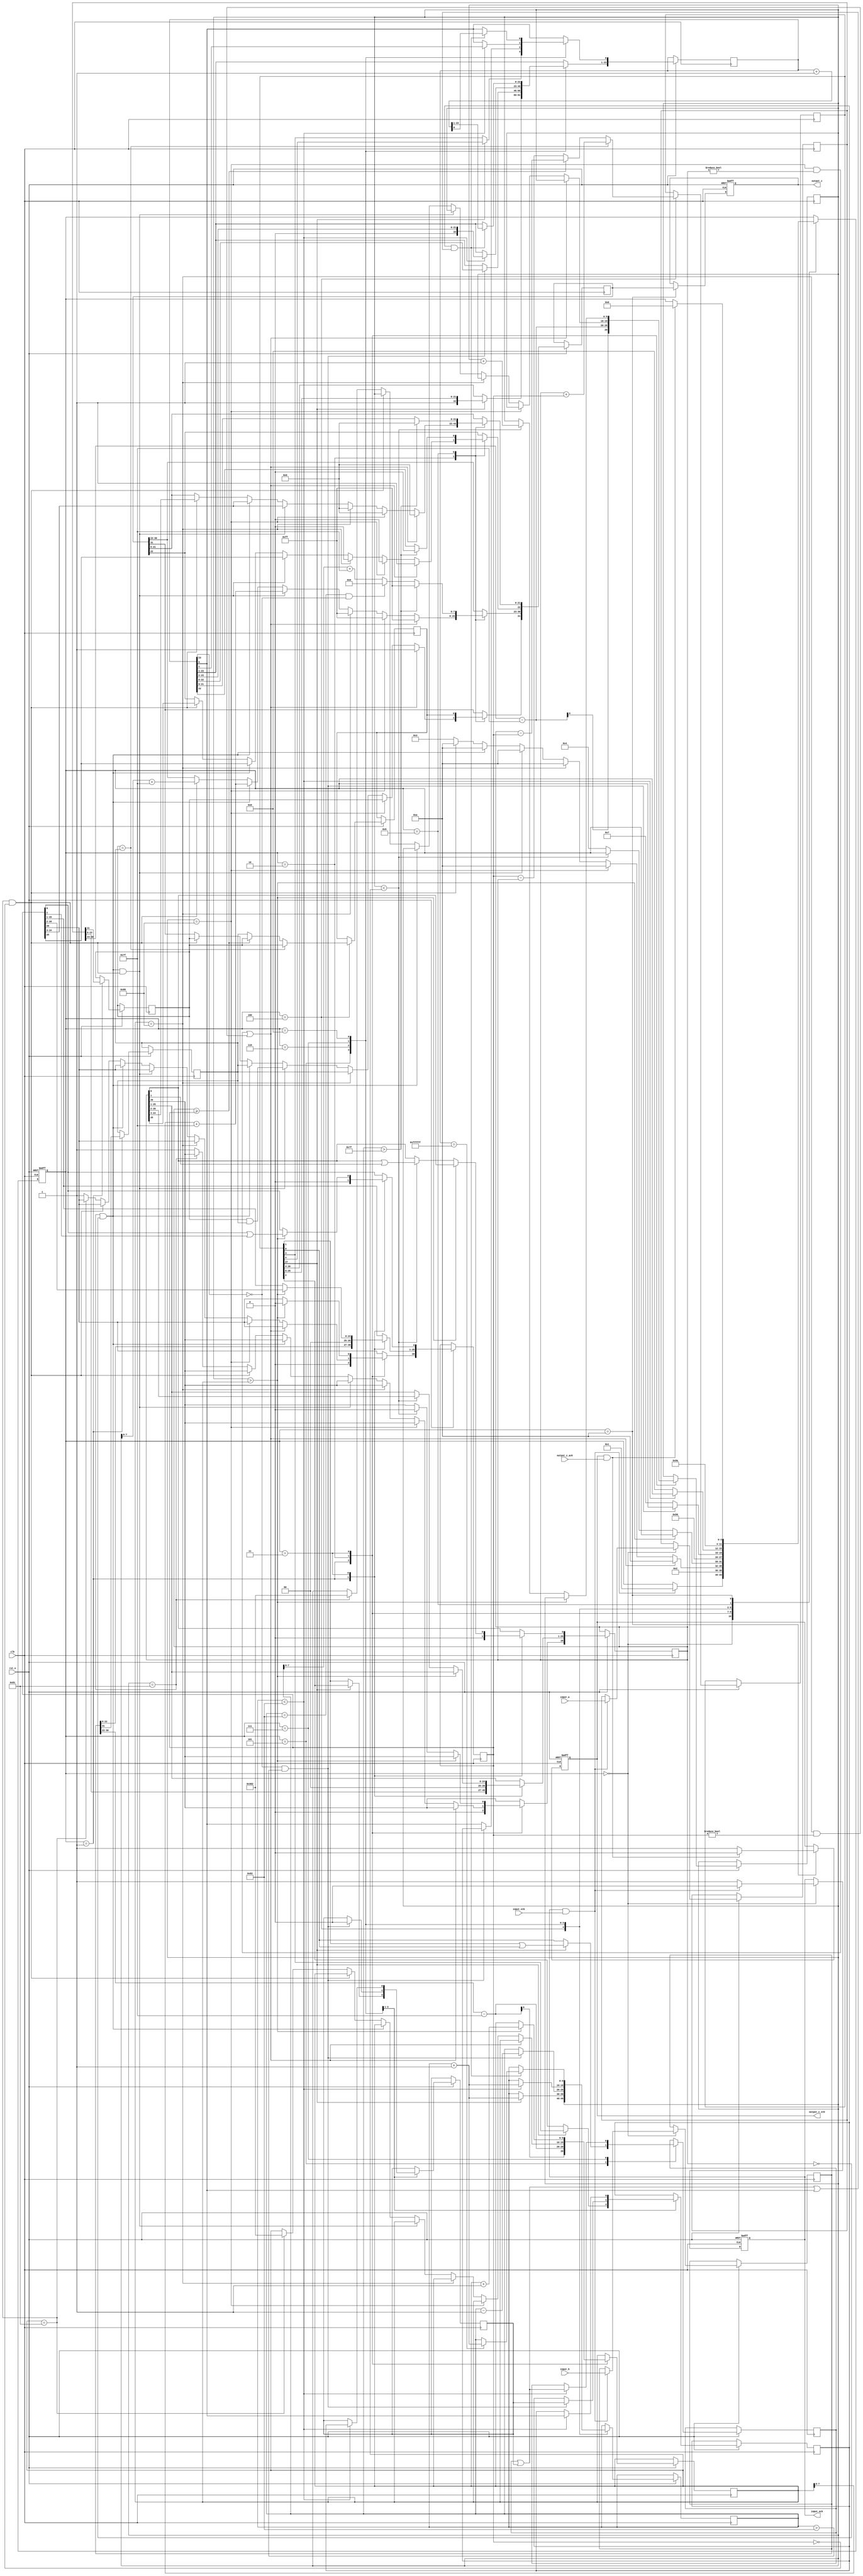
//IEEE Floating Point Adder (Single Precision)
//Copyright (C) Jonathan P Dawson 2013
//2013-12-12

module adder(
        input_a,
        input_b,
        input_stb,
        output_z_ack,
        clk,
        rst_n,
        output_z,
        output_z_stb,
        input_ack);

  input     clk;
  input     rst_n;

  input     [31:0] input_a;
  input     [31:0] input_b;
  input     input_stb;
  output    input_ack;


  output    [31:0] output_z;
  output    output_z_stb;
  input     output_z_ack;

  reg       s_output_z_stb;
  reg       [31:0] s_output_z;
  reg       s_input_ack;

  reg       [3:0] state;
  parameter get_operands  = 4'd0,
            unpack        = 4'd1,
            special_cases = 4'd2,
            align         = 4'd3,
            add_0         = 4'd4,
            add_1         = 4'd5,
            normalise_1   = 4'd6,
            normalise_2   = 4'd7,
            round         = 4'd8,
            pack          = 4'd9,
            put_z         = 4'd10;

  reg       [31:0] a, b, z;
  reg       [26:0] a_m, b_m;
  reg       [23:0] z_m;
  reg       [9:0] a_e, b_e, z_e;
  reg       a_s, b_s, z_s;
  reg       guard, round_bit, sticky;
  reg       [27:0] sum;

  always @(posedge clk, negedge rst_n)
  begin
    if (!rst_n) begin
      state <= get_operands;
      s_input_ack <= 0;
      s_output_z_stb <= 0;
      s_output_z <= 0;
    end else begin

      case(state)

        get_operands:
        begin
          s_input_ack <= 1;
          if (s_input_ack && input_stb) begin
            a <= input_a;
            b <= input_b;
            s_input_ack <= 0;
            state <= unpack;
          end
        end

        unpack:
        begin
          a_m <= {a[22 : 0], 3'd0};
          b_m <= {b[22 : 0], 3'd0};
          a_e <= a[30 : 23] - 127;
          b_e <= b[30 : 23] - 127;
          a_s <= a[31];
          b_s <= b[31];
          state <= special_cases;
        end

        special_cases:
        begin
          //if a is NaN or b is NaN return NaN 
          if ((a_e == 128 && a_m != 0) || (b_e == 128 && b_m != 0)) begin
            z[31] <= 1;
            z[30:23] <= 255;
            z[22] <= 1;
            z[21:0] <= 0;
            state <= put_z;
          //if a is inf return inf
          end else if (a_e == 128) begin
            z[31] <= a_s;
            z[30:23] <= 255;
            z[22:0] <= 0;
            state <= put_z;
          //if b is inf return inf
          end else if (b_e == 128) begin
            z[31] <= b_s;
            z[30:23] <= 255;
            z[22:0] <= 0;
            state <= put_z;
          //if a is zero return b
          end else if ((($signed(a_e) == -127) && (a_m == 0)) && (($signed(b_e) == -127) && (b_m == 0))) begin
            z[31] <= a_s & b_s;
            z[30:23] <= b_e[7:0] + 127;
            z[22:0] <= b_m[26:3];
            state <= put_z;
          //if a is zero return b
          end else if (($signed(a_e) == -127) && (a_m == 0)) begin
            z[31] <= b_s;
            z[30:23] <= b_e[7:0] + 127;
            z[22:0] <= b_m[26:3];
            state <= put_z;
          //if b is zero return a
          end else if (($signed(b_e) == -127) && (b_m == 0)) begin
            z[31] <= a_s;
            z[30:23] <= a_e[7:0] + 127;
            z[22:0] <= a_m[26:3];
            state <= put_z;
          end else begin
            //Denormalised Number
            if ($signed(a_e) == -127) begin
              a_e <= -126;
            end else begin
              a_m[26] <= 1;
            end
            //Denormalised Number
            if ($signed(b_e) == -127) begin
              b_e <= -126;
            end else begin
              b_m[26] <= 1;
            end
            state <= align;
          end
        end

        align:
        begin
          if ($signed(a_e) > $signed(b_e)) begin
            b_e <= b_e + 1;
            b_m <= b_m >> 1;
            b_m[0] <= b_m[0] | b_m[1];
          end else if ($signed(a_e) < $signed(b_e)) begin
            a_e <= a_e + 1;
            a_m <= a_m >> 1;
            a_m[0] <= a_m[0] | a_m[1];
          end else begin
            state <= add_0;
          end
        end

        add_0:
        begin
          z_e <= a_e;
          if (a_s == b_s) begin
            sum <= a_m + b_m;
            z_s <= a_s;
          end else begin
            if (a_m >= b_m) begin
              sum <= a_m - b_m;
              z_s <= a_s;
            end else begin
              sum <= b_m - a_m;
              z_s <= b_s;
            end
          end
          state <= add_1;
        end

        add_1:
        begin
          if (sum[27]) begin
            z_m <= sum[27:4];
            guard <= sum[3];
            round_bit <= sum[2];
            sticky <= sum[1] | sum[0];
            z_e <= z_e + 1;
          end else begin
            z_m <= sum[26:3];
            guard <= sum[2];
            round_bit <= sum[1];
            sticky <= sum[0];
          end
          state <= normalise_1;
        end

        normalise_1:
        begin
          if (z_m[23] == 0 && $signed(z_e) > -126) begin
            z_e <= z_e - 1;
            z_m <= z_m << 1;
            z_m[0] <= guard;
            guard <= round_bit;
            round_bit <= 0;
          end else begin
            state <= normalise_2;
          end
        end

        normalise_2:
        begin
          if ($signed(z_e) < -126) begin
            z_e <= z_e + 1;
            z_m <= z_m >> 1;
            guard <= z_m[0];
            round_bit <= guard;
            sticky <= sticky | round_bit;
          end else begin
            state <= round;
          end
        end

        round:
        begin
          if (guard && (round_bit | sticky | z_m[0])) begin
            z_m <= z_m + 1;
            if (z_m == 24'hffffff) begin
              z_e <=z_e + 1;
            end
          end
          state <= pack;
        end

        pack:
        begin
          z[22 : 0] <= z_m[22:0];
          z[30 : 23] <= z_e[7:0] + 127;
          z[31] <= z_s;
          if ($signed(z_e) == -126 && z_m[23] == 0) begin
            z[30 : 23] <= 0;
          end
          //if overflow occurs, return inf
          if ($signed(z_e) > 127) begin
            z[22 : 0] <= 0;
            z[30 : 23] <= 255;
            z[31] <= z_s;
          end
          state <= put_z;
        end

        put_z:
        begin
          s_output_z_stb <= 1;
          s_output_z <= z;
          if (s_output_z_stb && output_z_ack) begin
            s_output_z_stb <= 0;
            state <= get_operands;
          end
        end

      endcase
    end

  end
  assign input_ack = s_input_ack;
  assign output_z_stb = s_output_z_stb;
  assign output_z = s_output_z;

endmodule